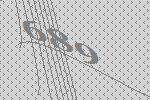
689